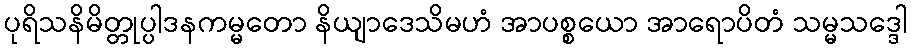
ပုရိသနိမိတ္တုပ္ပါဒနကမ္မတော နိယျာဒေသိမဟံ အာပစ္စယော အာရောပိတံ သမ္မသဒ္ဒေါ